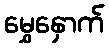
မွှေနှောက်